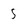
Character: 5